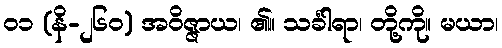
၀၁ (နိ-၂၆၀) အဝိဇ္ဇာယ၊ ၏။ သင်္ခါရာ၊ တို့ကို။ မယာ၊